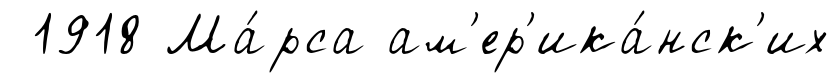
1918 Ма́рса ам'ер'ика́нск'их